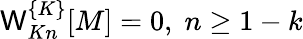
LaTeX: {\cal\mathsf{W}}_{Kn}^{\{ K\} }[M]=0,\; n\geq1-k